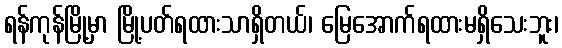
ရန်ကုန်မြို့မှာ မြို့ပတ်ရထားသာရှိတယ်၊ မြေအောက်ရထားမရှိသေးဘူး၊